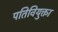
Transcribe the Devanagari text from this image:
पतिवियुक्ता